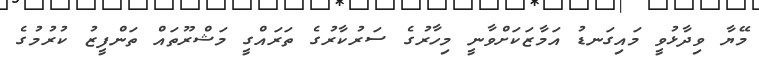
މޭޔާ ވިދާޅުވީ މައިގަނޑު އަމާޒަކަށްވާނީ މިހާރުގެ ސަރުކާރުގެ ތަރައްގީ މަޝްރޫތައް ތަންފީޒު ކުރުމުގެ